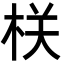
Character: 栚